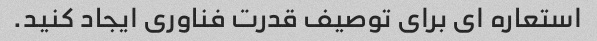
استعاره ای برای توصیف قدرت فناوری ایجاد کنید.